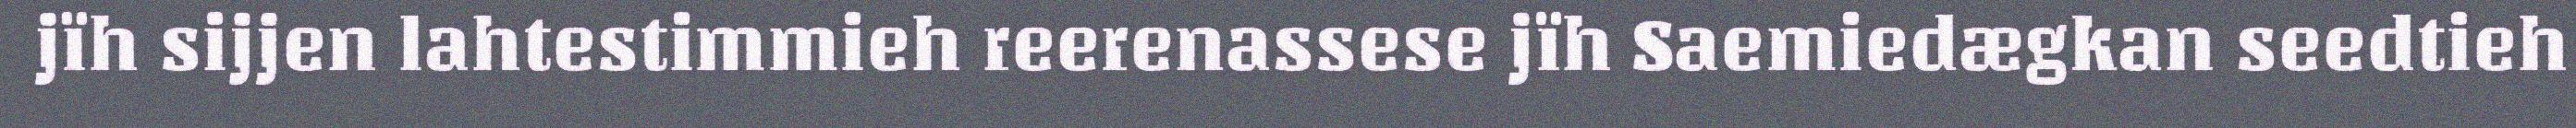
jïh sijjen lahtestimmieh reerenassese jïh Saemiedægkan seedtieh